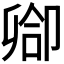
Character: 𫧻